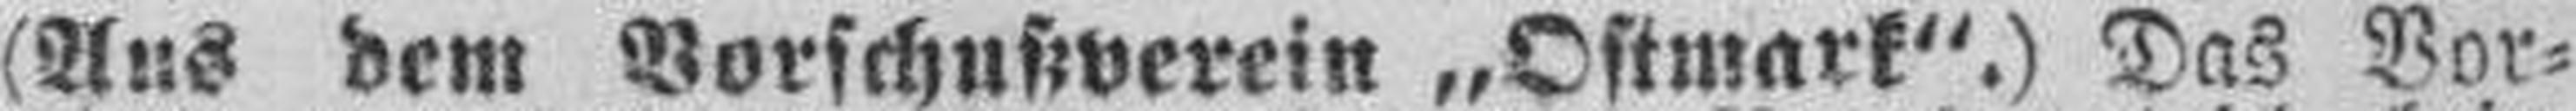
(Aus dem Vorschußverein „Ostmark".) Das Vor¬